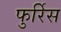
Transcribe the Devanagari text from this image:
फुर्रिेस